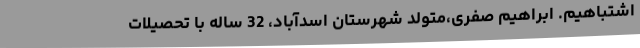
اشتباهیم. ابراهیم صفری،متولد شهرستان اسدآباد، 32 ساله با تحصیلات